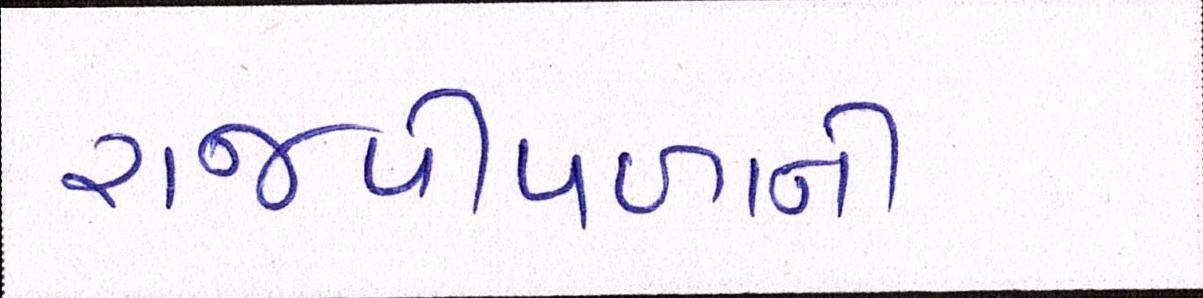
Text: રાજપીપળાની